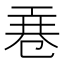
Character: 𭘎